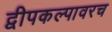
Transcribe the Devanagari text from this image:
द्वीपकल्पावरच